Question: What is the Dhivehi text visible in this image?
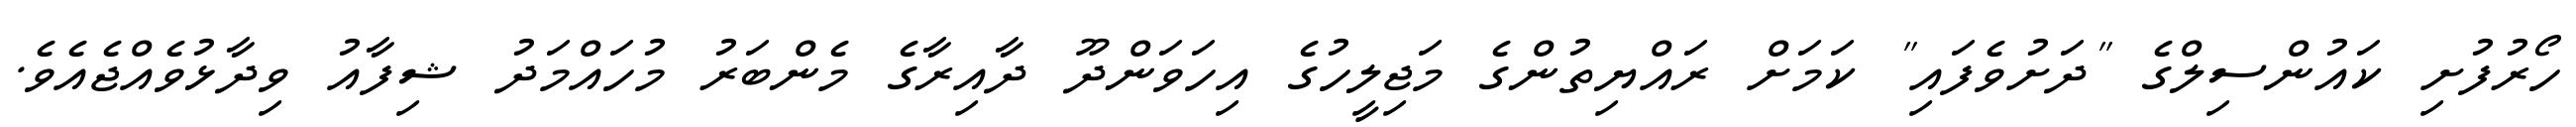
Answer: ހޯރުފުށި ކައުންސިލްގެ "ދަށުވެފައި" ކަމަށް ރައްޔިތުންގެ މަޖިލީހުގެ އިހަވަންދޫ ދާއިރާގެ މެންބަރު މުހައްމަދު ޝިފާއު ވިދާޅުވެއްޖެއެވެ.